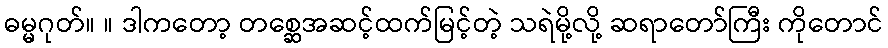
ဓမ္မဂုတ်။ ။ ဒါကတော့ တစ္ဆေအဆင့်ထက်မြင့်တဲ့ သရဲမို့လို့ ဆရာတော်ကြီး ကိုတောင်